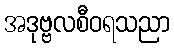
အဒုဗ္ဗလစီဝရသညာ